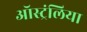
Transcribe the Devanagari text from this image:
ऑस्ट्रंलिया